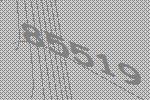
85519